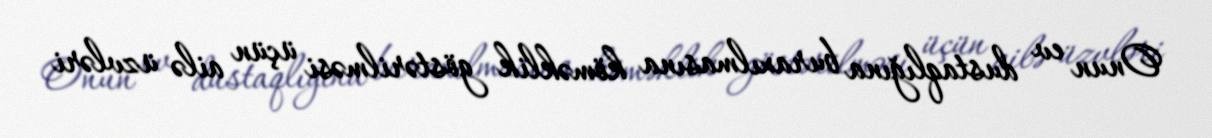
Onun ev dustaqlığına buraxılmasına köməklik göstərilməsi üçün ailə üzvləri